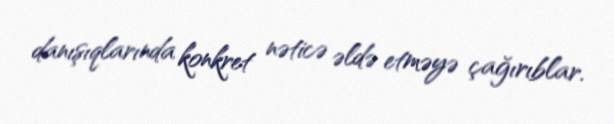
danışıqlarında konkret nəticə əldə etməyə çağırıblar.